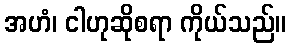
အဟံ၊ ငါဟုဆိုစရာ ကိုယ်သည်။